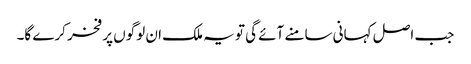
جب اصل کہانی سامنے آئے گی تو یہ ملک ان لوگوں پر فخر کرے گا۔